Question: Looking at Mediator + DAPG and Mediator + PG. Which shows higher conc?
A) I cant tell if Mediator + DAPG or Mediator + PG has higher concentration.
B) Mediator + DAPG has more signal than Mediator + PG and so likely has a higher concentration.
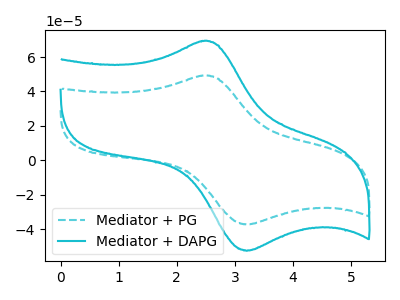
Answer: <think>The cyan dashed curve "Mediator + PG" has an anodic peak at (2.45V, 49.20uA) and a cathodic peak at (3.20V, -37.35uA). The cyan curve "Mediator + DAPG" has an anodic peak at (2.45V, 69.30uA) and a cathodic peak at (3.20V, -52.60uA).
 All the peaks in "Mediator + DAPG" have a peak in "Mediator + PG" at the same potential. Every peak in "Mediator + DAPG" is higher than every peak in "Mediator + PG".</think>
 <answer>B) "Mediator + DAPG" has more signal than "Mediator + PG" and so likely has a higher concentration.</answer>
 <eval>B</eval>